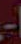
-